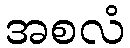
အစလံ